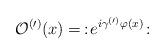
LaTeX: \begin{align*}\mathcal{O}^{(\prime)}(x)=\,:\!e^{i\gamma^{(\prime)}\varphi(x)}\!:\end{align*}